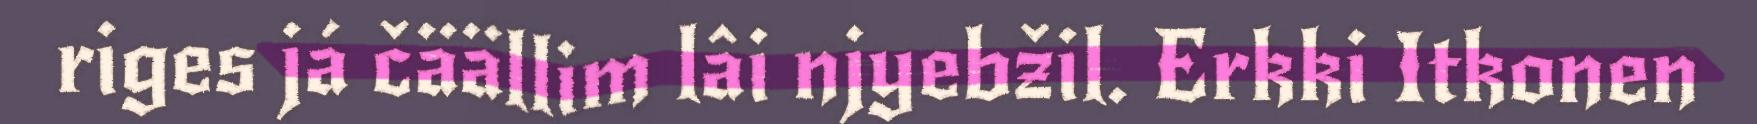
riges já čäällim lâi njyebžil. Erkki Itkonen